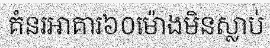
គំនរអាគារ៦០ម៉ោងមិនស្លាប់